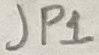
Text: JP1